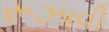
રૂઝાવી